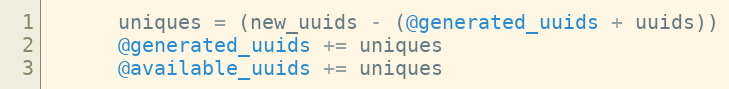
Language: Ruby
      uniques = (new_uuids - (@generated_uuids + uuids))
      @generated_uuids += uniques
      @available_uuids += uniques